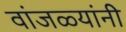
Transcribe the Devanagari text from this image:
वांजळ्यांनी